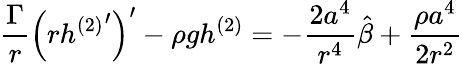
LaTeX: \frac{\Gamma}{r}\left(rh{^{(2)}}^{\prime}\right)^{\prime}-\rho{g}h^{(2)}=-\frac{2a^{4}}{r^{4}}\hat{\beta}+\frac{\rho{a}^{4}}{2r^{2}}